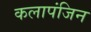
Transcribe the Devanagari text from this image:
कलापंजिन